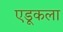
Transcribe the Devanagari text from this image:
एडूकला